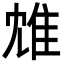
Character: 䧵